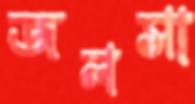
জলসা